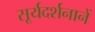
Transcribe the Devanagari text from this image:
सूर्यदर्शनानें